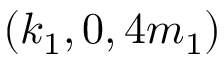
( k _ { 1 } , 0 , 4 m _ { 1 } )